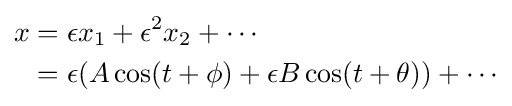
{\begin{aligned}x&=\epsilon x_{1}+\epsilon ^{2}x_{2}+\cdots \\&=\epsilon (A\cos(t+\phi )+\epsilon B\cos(t+\theta ))+\cdots \\\end{aligned}}